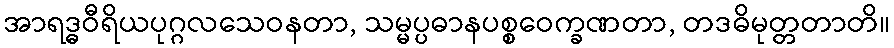
အာရဒ္ဓဝီရိယပုဂ္ဂလသေဝနတာ, သမ္မပ္ပဓာနပစ္စဝေက္ခဏတာ, တဒဓိမုတ္တတာတိ။